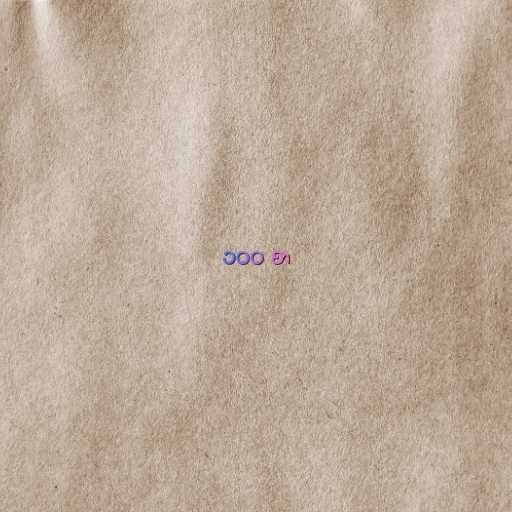
၁၀၀ စာ